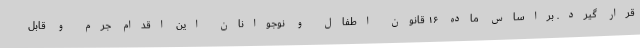
قرار گیرد. براساس ماده ١۶ قانون اطفال و نوجوانان این اقدام جرم و قابل